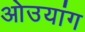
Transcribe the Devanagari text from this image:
ओउयांग